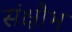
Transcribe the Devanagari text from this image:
संक्षौभ